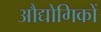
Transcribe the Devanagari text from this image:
औद्योगिकों